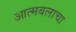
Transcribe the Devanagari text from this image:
आत्मबलाचा